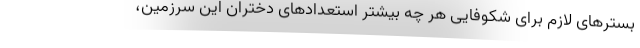
بسترهای لازم برای شکوفایی هر چه بیشتر استعدادهای دختران این سرزمین،